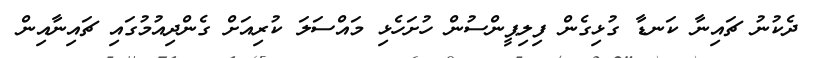
ދެކުނު ޗައިނާ ކަނޑާ ގުޅިގެން ފިލިޕީންސުން ހުށަހެޅި މައްސަލަ ކުރިއަށް ގެންދިއުމުގައި ޗައިނާއިން